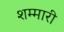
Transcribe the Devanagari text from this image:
शम्मारी